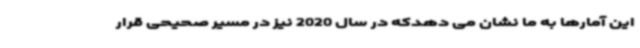
این آمارها به ما نشان می دهدکه در سال 2020 نیز در مسیر صحیحی قرار